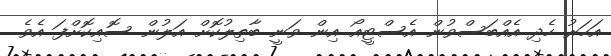
އަހަރު ހެދި އެއްބަސްވުން އެސްޓީއޯ އިން ވަނީ ބާތިލުކޮށް އަލުން ސޮއިކޮށްފަ އެވެ.